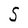
Character: S